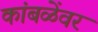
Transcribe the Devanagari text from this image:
कांबळेंवर